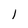
Character: 1